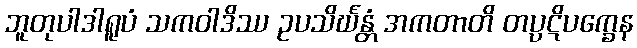
ဘူတုပါဒါရူပံ သကဝါဒိဿ ဥပသိင်္ဃန္တံ အကတာတိ တပ္ပဋိပက္ခေန